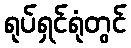
ရုပ်ရှင်ရုံတွင်